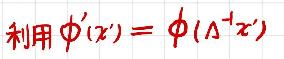
利用$\phi'(x') = \phi(\Lambda^{-1}x')$